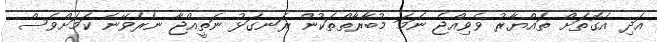
އަދި އެގޮތަށް ތައްޔާރު ވެވިއްޖެ ނަމަ މުބާރާތްތަކުން ރަނގަޅު ނަތީއްޖާ ނެރެވޭނެ ކަމަށްވެސް